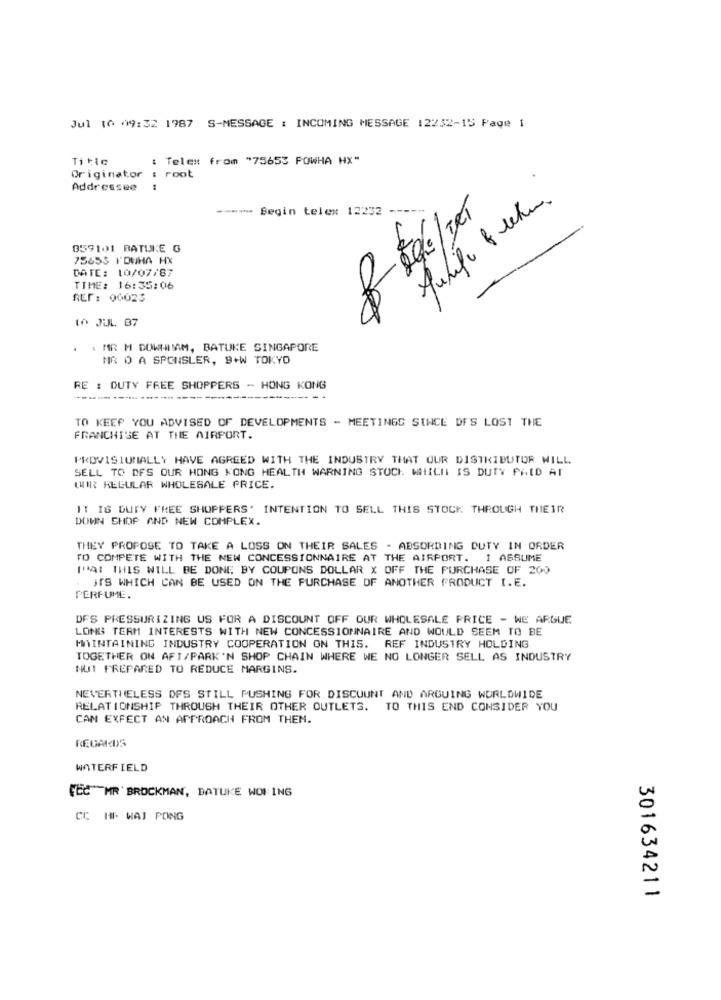
Jul 10 09:32 1787 S-MESSAGE : INCOMING MESSAGE 12252-15 Page 1
Titic
: Telet from "75653 POWHA HX"
.
Originator
root
Addressee
--
Begin telex 12232 -----
059101 BATUKE G
75653 I'DWHA HX
DATE: 10/07/87
TIME: 16:35:06
REF: 00025
121/328-88
16 JUL. 87
. . MR M DOWNIAM, BATUKE SINGAPORE
NR O A SPONSLER, B+W TOKYO
RE : DUTY FREE SHOPPERS - HONG KONG
----------
TO KEEP YOU ADVISED OF DEVELOPMENTS - MEETINGS SINCE DFS LOST THE
FRANCHISE AT THE AIRPORT.
PROVISIONALLY HAVE AGREED WITH THE INDUSTRY THAT OUR DISTRIBUTOR WILL
SELL TO DFS OUR HONG KONG HEALTH WARNING STOCK WHICH IS DUTY PAID AT
QUIR REGULAR WHOLESALE PRICE.
IT IS DUTY FREE SHOPPERS' INTENTION TO SELL THIS STOCK THROUGH THEIR
DOWN SHOP AND NEW COMPLEX.
THEY PROPOSE TO TAKE A LOSS ON THEIR SALES - ABSORBING DUTY IN ORDER
TO COMPETE WITH THE NEW CONCESSIONNAIRE AT THE AIRPORT. I ASSUME
THAI THIS WILL BE DONE BY COUPONS DOLLAR X OFF THE PURCHASE OF 200
. ITS WHICH CAN BE USED ON THE FURCHASE OF ANOTHER PRODUCT I.E.
PERFUME.
DFS PRESSURIZING US FOR A DISCOUNT OFF OUR WHOLESALE PRICE - WE ARGUE
LONG TERM INTERESTS WITH NEW CONCESSIONNAIRE AND WOULD SEEM TO BE
MAINTAINING INDUSTRY COOPERATION ON THIS. REF INDUSTRY HOLDING
TOGETHER ON AFI/PARK'N SHOP CHAIN WHERE WE NO LONGER SELL AS INDUSTRY
NUT PREPARED TO REDUCE MARGINS.
NEVERTHELESS DFS STILL PUSHING FOR DISCOUNT AND ARGUING WORLDWIDE
RELATIONSHIP THROUGH THEIR OTHER OUTLETS. TO THIS END CONSIDER YOU
CAN EXPECT AN APPROACH FROM THEN.
REGARDS
WATERFIELD
FEC" MR BROCKMAN, DATUKE WOK ING
CC HF- WAJ PONG
301634211